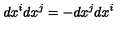
d x ^ { i } d x ^ { j } = - d x ^ { j } d x ^ { i }